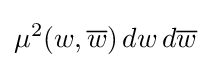
\mu ^{2}(w,{\overline {w}})\,dw\,d{\overline {w}}